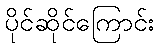
ပိုင်ဆိုင်ကြောင်း